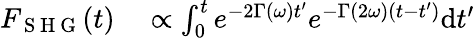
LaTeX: \begin{array}{rl}{F_{\mathrm{~S~H~G~}}(t)}&{{}\propto\int_{0}^{t}e^{-2\Gamma(\omega)t^{\prime}}e^{-\Gamma(2\omega)(t-t^{\prime})}\mathrm{d}t^{\prime}}\end{array}